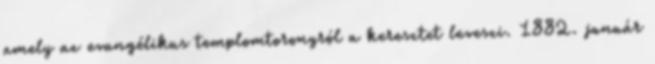
amely az evangélikus templomtoronyról a keresztet leveszi. 1882. január